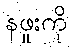
နဖူးကို